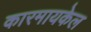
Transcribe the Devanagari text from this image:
कारमायकेल